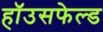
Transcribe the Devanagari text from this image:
हॉउसफेल्ड